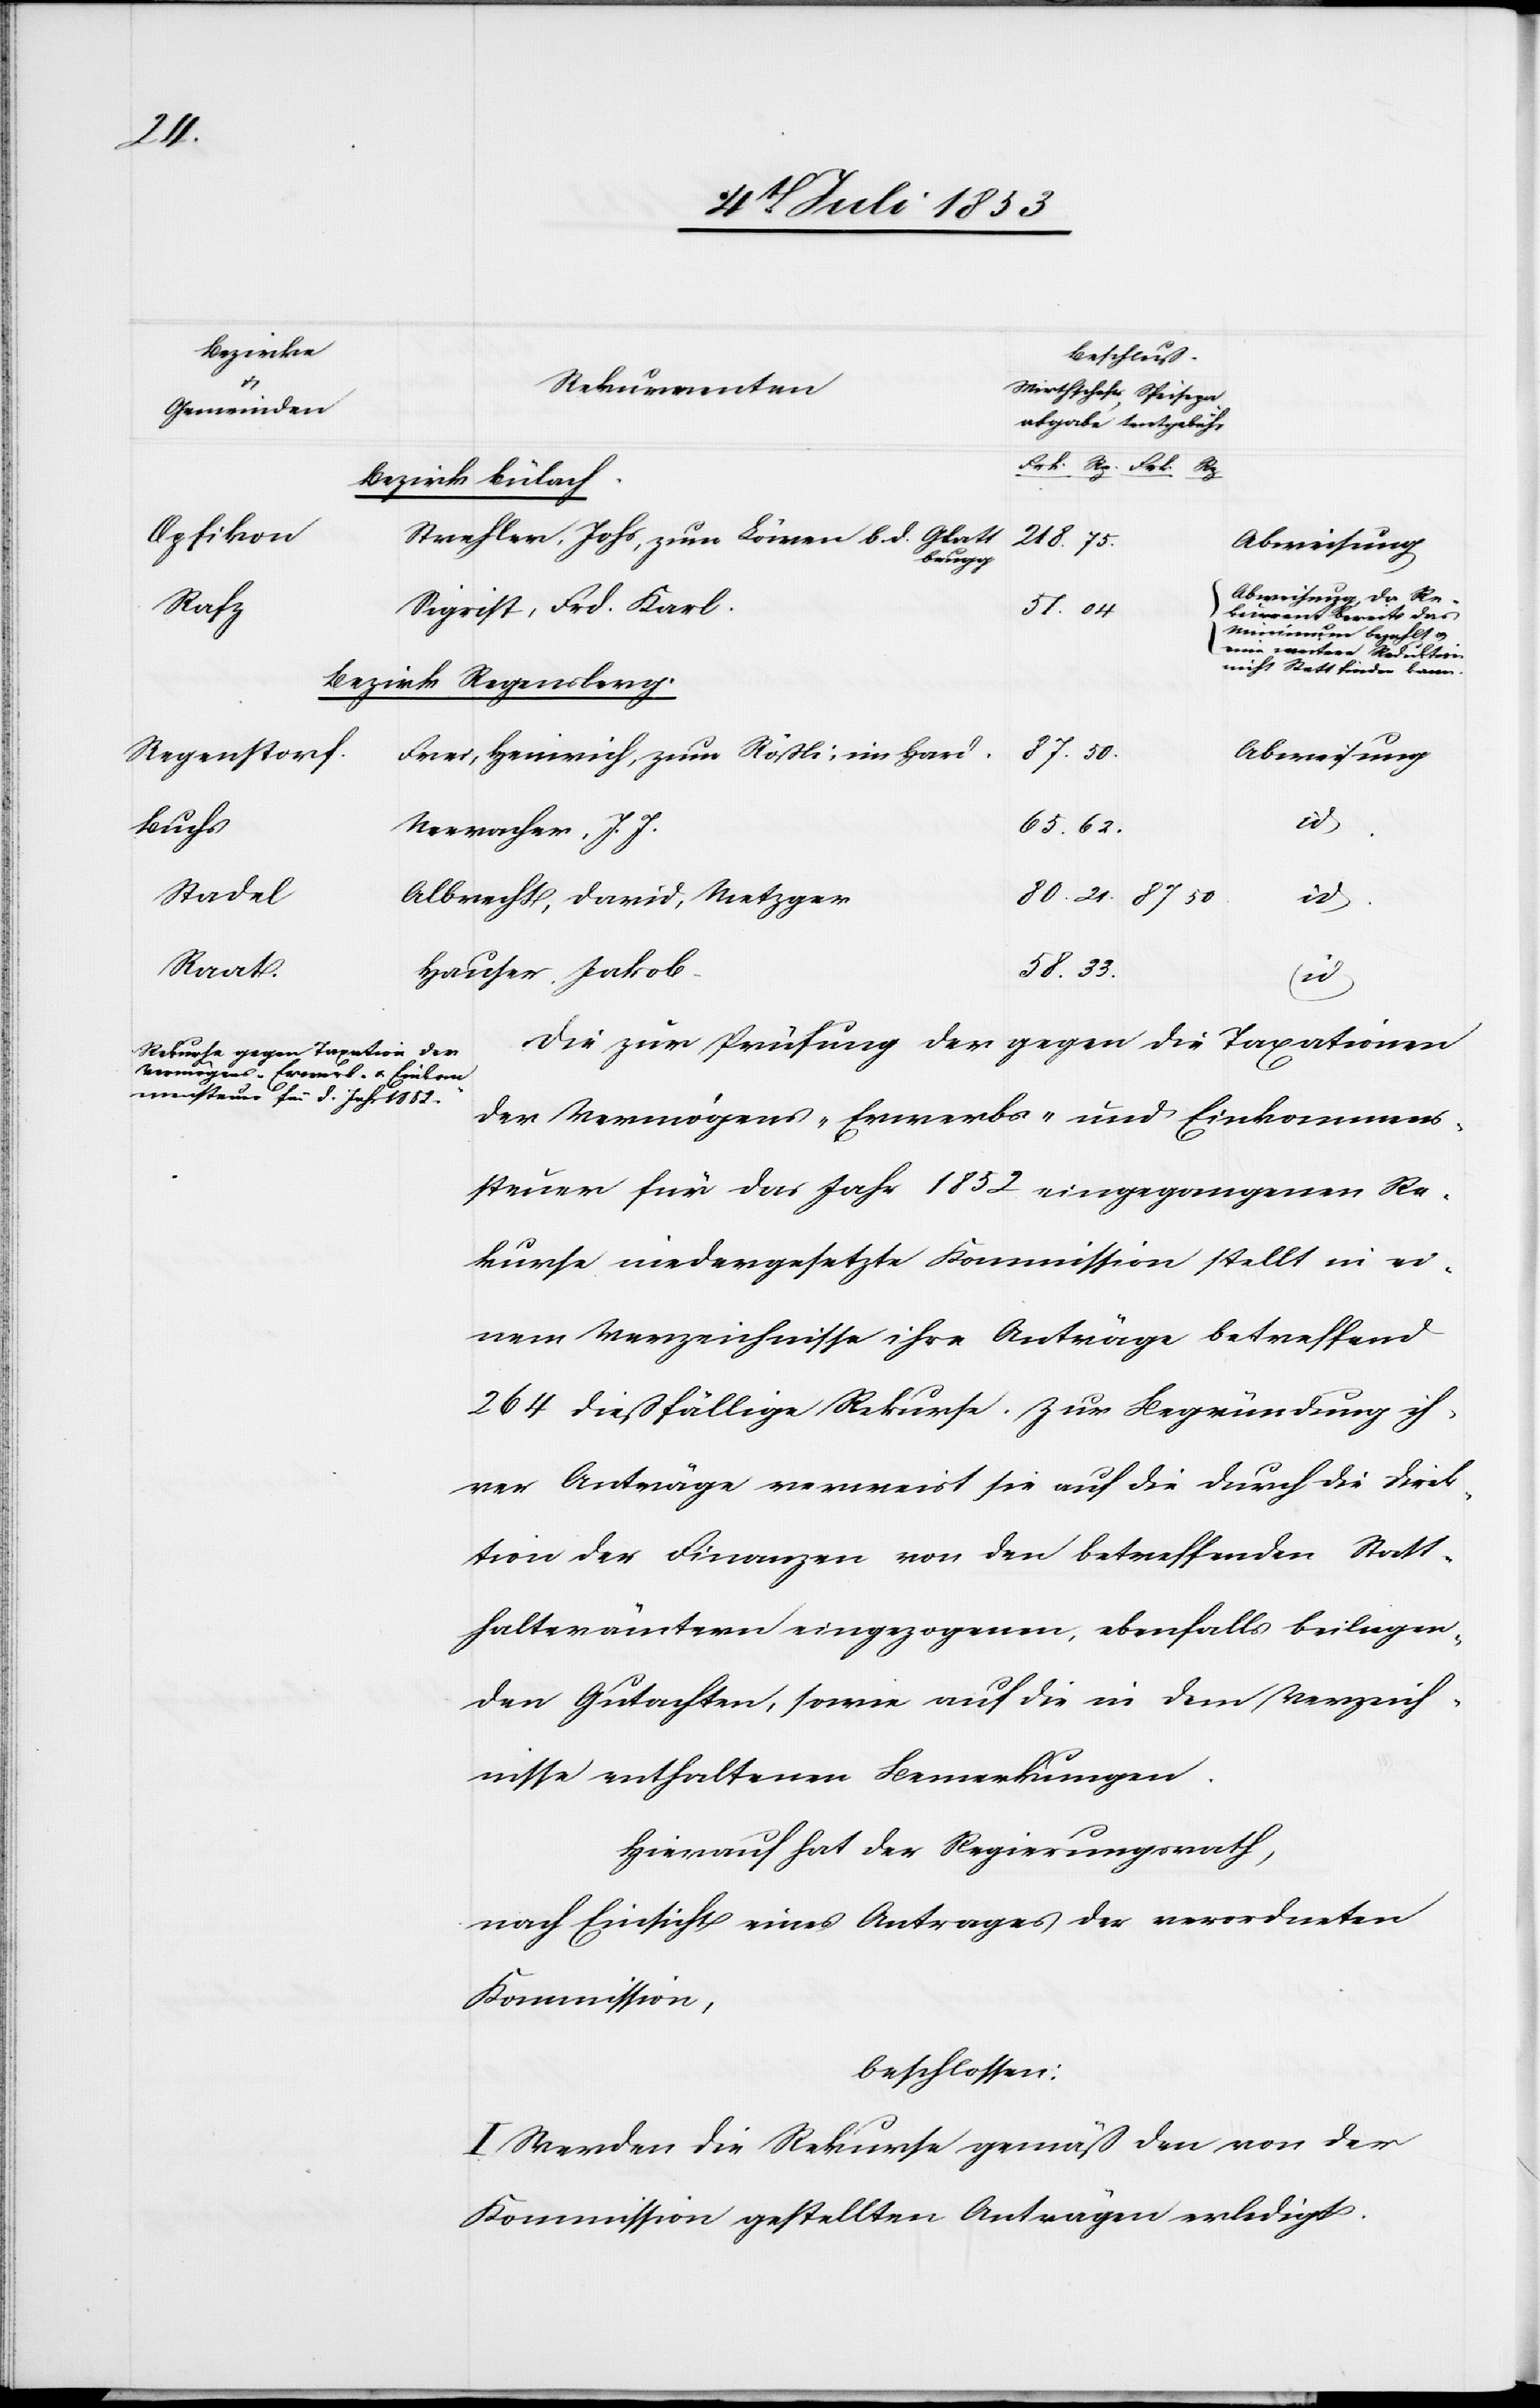
Bezirk Bülach
Opfikon
Strehler, Johs, zum Löwen b. d. Glatt¬
87.50
Abweisung
brugg
Abweisung, da Re¬
Rafz
Sigrist, Frd. Karl
51.04
kurrent bereits das
Minimum bezahlt u.
eine weitere Reduktion
nicht Statt finden kann.
Bezirk Regensberg
Regenstorf
Frei, Heinrich, zum Rößli, im Hard
Buchs
65.62
Neeracher, J. J.
Stadel
Albrecht, David, Metzger
id.
Raat
Hauser, Jakob
58.33
Die zur Prüfung der gegen die Taxationen
der Vermögens- Erwerbs- und Einkommens¬
steuer für das Jahr 1852 eingegangenen Re¬
kurse niedergesetzte Kommission stellt in ei¬
nem Verzeichnisse ihre Anträge betreffend
264 dießfällige Rekurse. Zur Begründung ih¬
rer Anträge verweist sie auf die durch die Direk¬
tion der Finanzen von den betreffenden Statt¬
halterämtern eingezogenen, ebenfalls beiliegen¬
den Gutachten, sowie auf die in dem Verzeich¬
nisse enthaltenen Bemerkungen.
Hierauf hat der Regierungsrath,
nach Einsicht eines Antrages der verordneten
Kommission,
beschlossen:
I. Werden die Rekurse gemäß den von der
Kommission gestellten Anträgen erledigt.